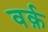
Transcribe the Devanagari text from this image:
वर्क़